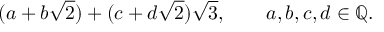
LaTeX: ( a + b { \sqrt { 2 } } ) + ( c + d { \sqrt { 2 } } ) { \sqrt { 3 } } , \qquad a , b , c , d \in \mathbb { Q } .